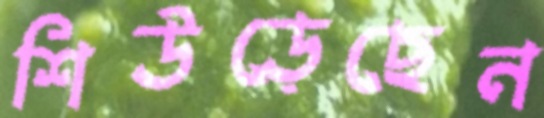
শিউড়েছেন